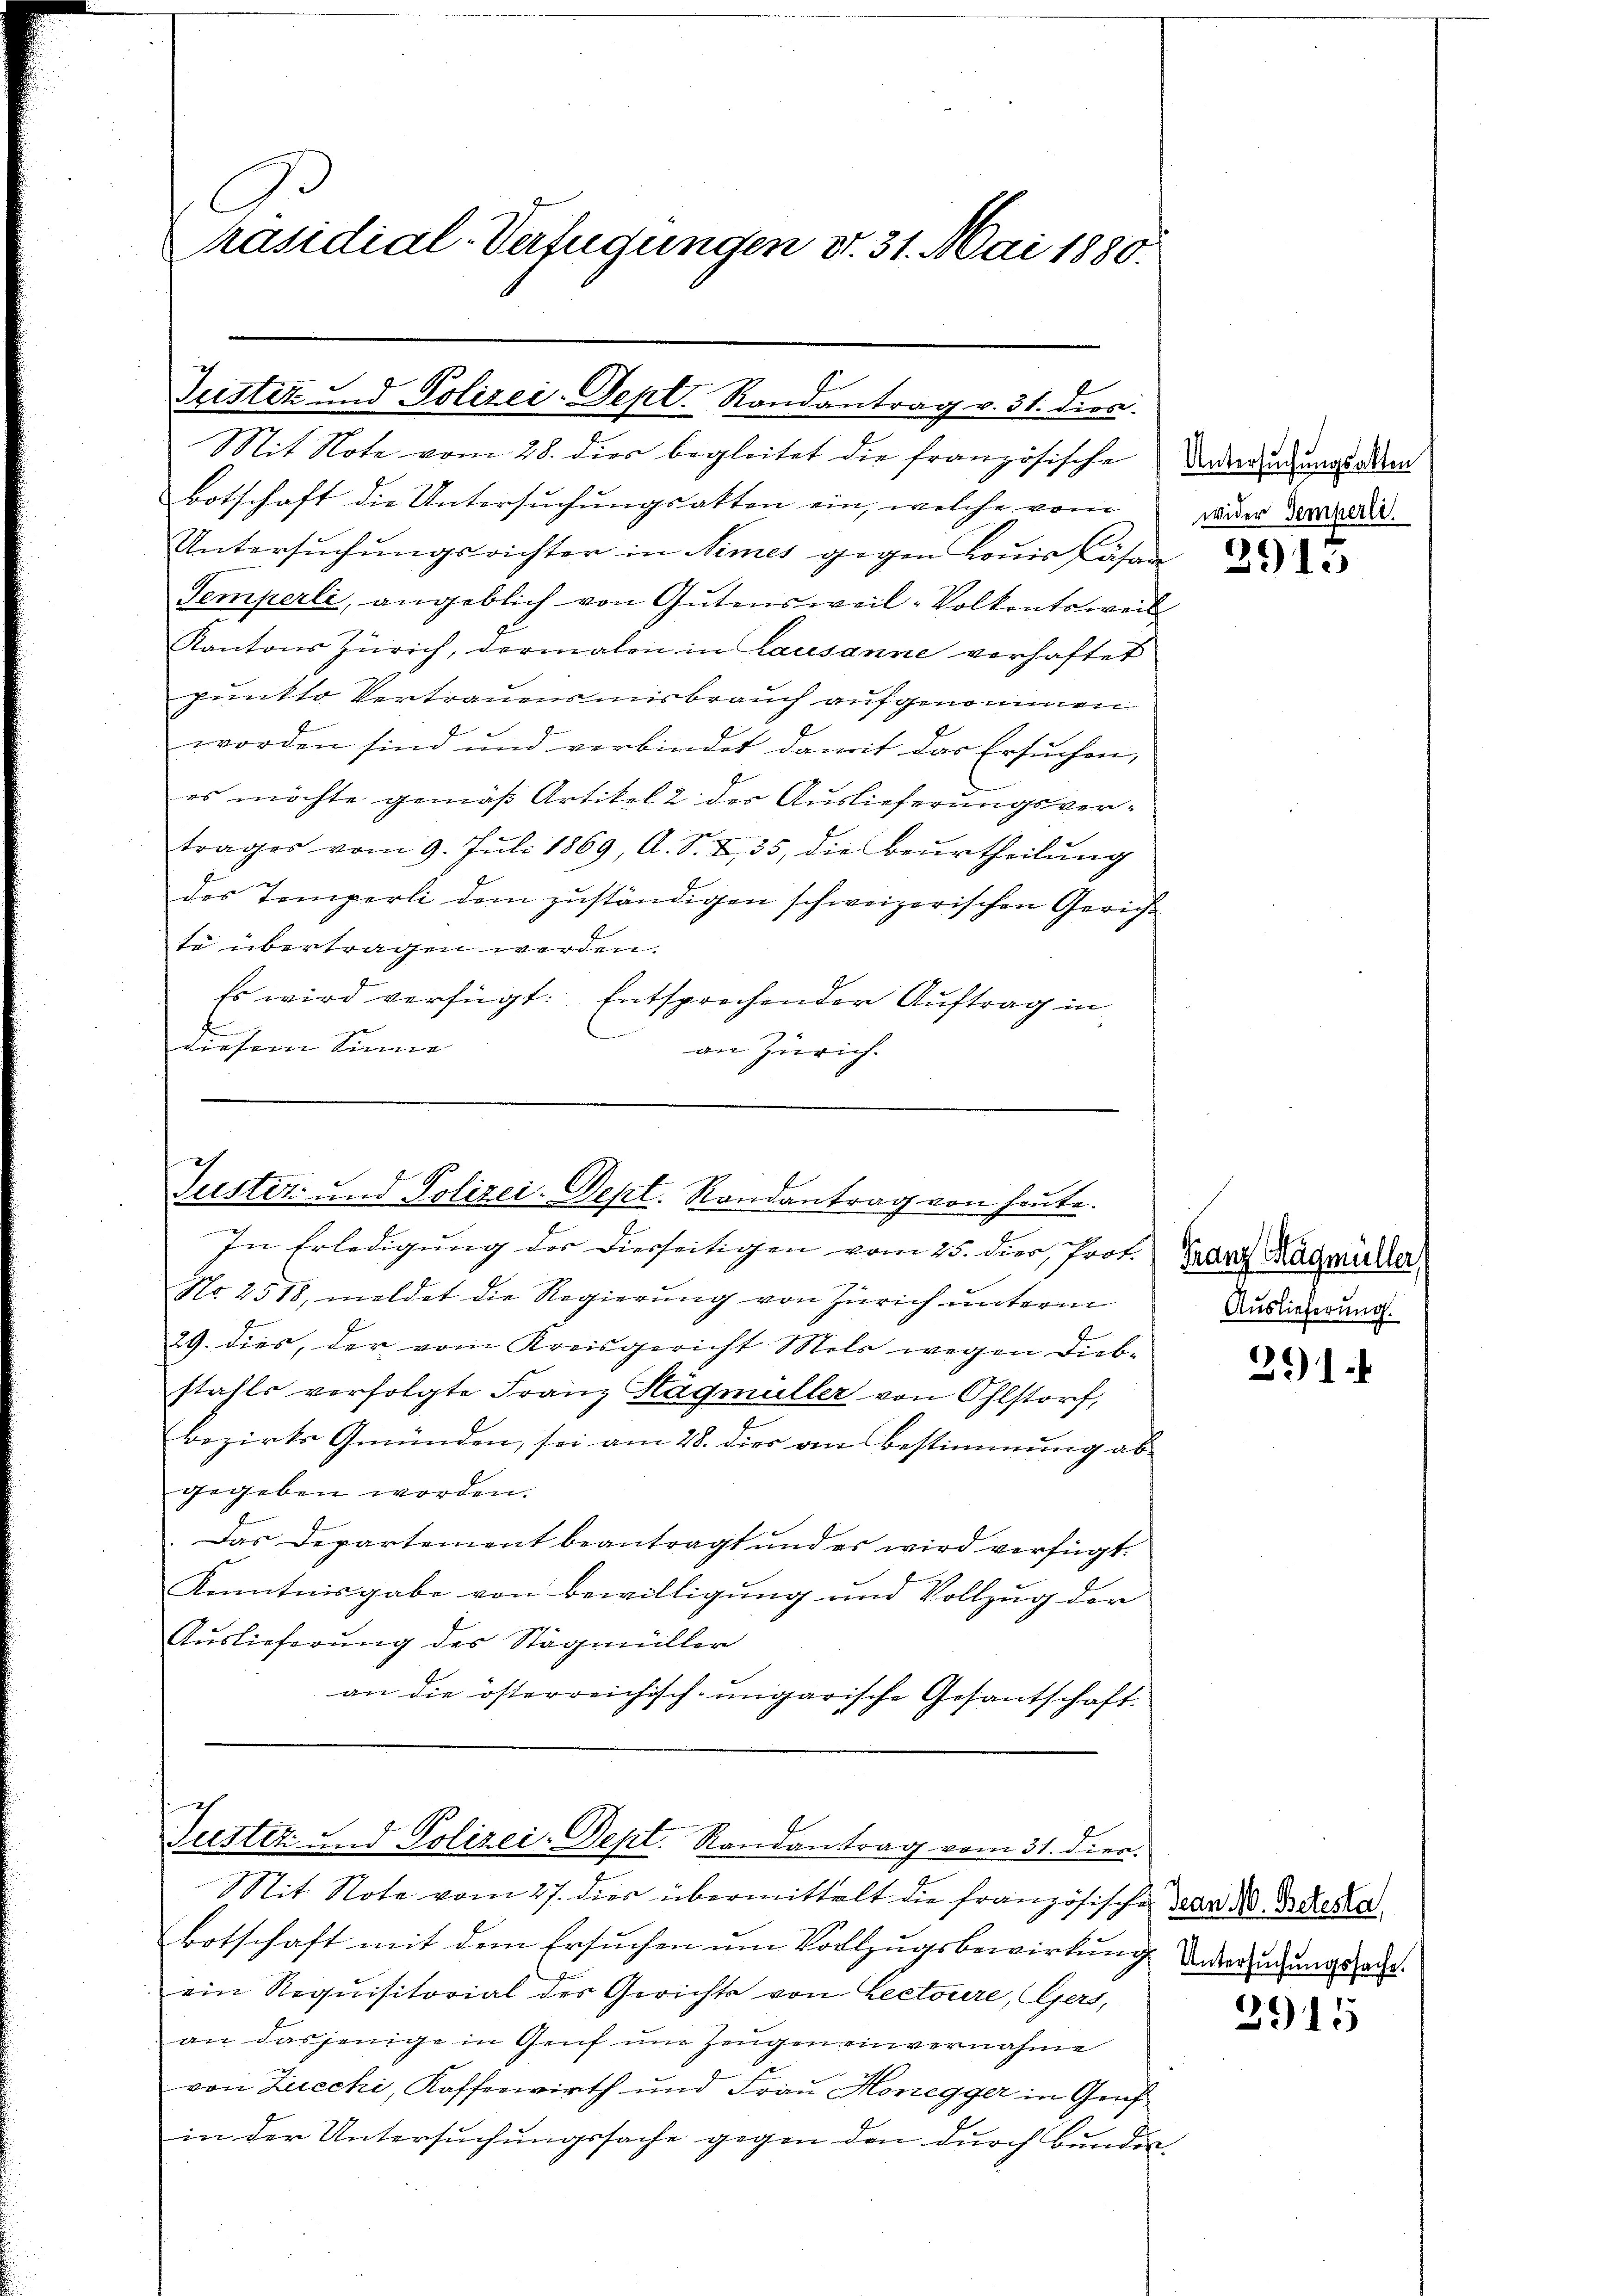
C
Präsidial-Verfügungen et. 31. Mai 1880.

Tristiz und Polizei-Sept. Randantrag v. 31. dies

Mit Note vom 28. dies begleitet die französische Verandungsam
Botschaft die Untersuchungsakten ein, welche vom
Untersuchungsrichter in Nimes gegen Louis Cäsan
Temperli, angeblich von Gŭtensweil-Volkentsweil
Kantons Zürich, dermalen in Lausanne verhaftet
punkte Vertrauensmisbrauch aufgenommen
worden sind und verbindet damit das Ersuchen,
es möchte gemäß Artikel 2 der Auslieferungsvertrages vom 9. Juli 1869, A. S. 2, 35, die Beurtheilung
des Temperli dem zŭständigen schweizerischen Gericht
te übertragen werden.
Es wird verfügt: Entsprechender Auftrag in
diesem Sinne |
an Zürich.

ch
Justiz und Polizei-Dept. Randantrag von heute.

In Erledigung der Diesseitigen vom 25. dies, Prot.
No. 2518, meldet die Regierung von Zürich unterm
29. dies, der vom Kreisgericht Mels wegen Diebstahls verfolgte Franz Hägmüller von Ohlstorf,
Bezirks Gmünden, sei am 28. dies von Bestimmung abgegeben worden.
Das Departement beantragt und es wird verfügt.
Kenntnisgabe von Bewilligung und Vollzug der
Auslieferung des Stögmüller
an die österreichisch-ungarische Gesantschaft

Futter u. d. Polizei-Dept. Randantrag vom 31. dien.

Mit Note vom 27. dies übermittelt die französische Paar d. d. Resta
Botschaft mit dem Ersuchen um Vollzugsbewirkung verregungsausein Requisitorial des Gerichts von Lectoire, Gers,
an dasjenige in Genf im Zeugen einvernahme
e
von Zucchi, Kaffeewirth und Frau Honegger in Genf
in der Untersuchungssache gegen den durch Bundes¬

wider Temperli.

3915

Franz Sagmüller,
Auslieferung.

391.

3915